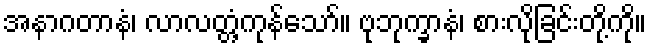
အနာဂတာနံ၊ လာလတ္တံ့ကုန်သော်။ ဗုဘုက္ခာနံ၊ စားလိုခြင်းတို့ကို။